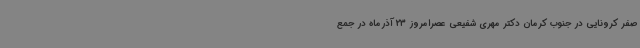
صفر کرونایی در جنوب کرمان دکتر مهری شفیعی عصرامروز 23 آذرماه در جمع